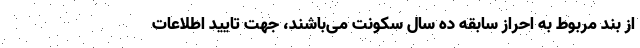
از بند مربوط به احراز سابقه ده سال سکونت می‌باشند، جهت تایید اطلاعات